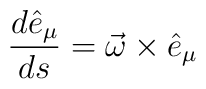
\frac{d\hat{e}_\mu}{ds} = \vec{\omega} \times  \hat{e}_\mu